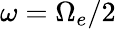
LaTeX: \omega=\Omega_{e}/2